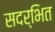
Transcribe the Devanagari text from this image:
सदर्भित